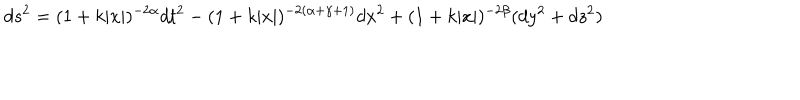
d s ^ { 2 } = ( 1 + k | x | ) ^ { - 2 \alpha } d t ^ { 2 } - ( 1 + k | x | ) ^ { - 2 ( \alpha + \gamma + 1 ) } d x ^ { 2 } + ( 1 + k | x | ) ^ { - 2 \beta } ( d y ^ { 2 } + d z ^ { 2 } )